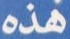
هذه